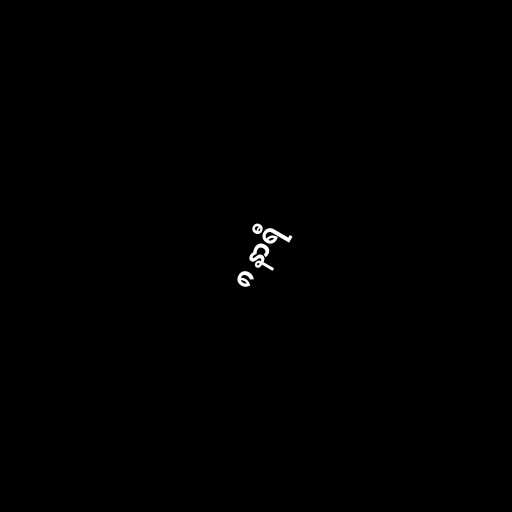
၈ နာရီ